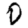
Digit: 0